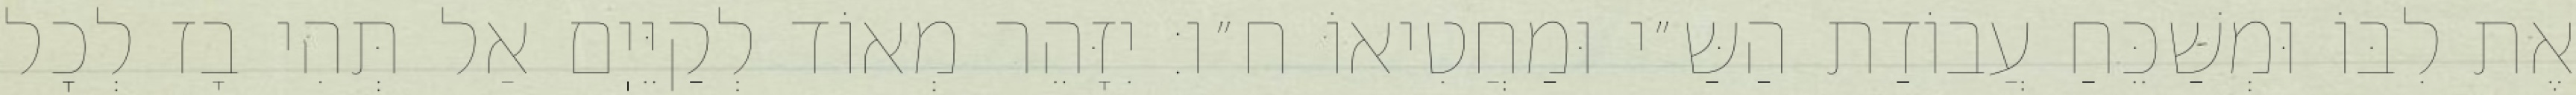
אֶת לִבּוֹ וּמְשַׁכֵּחַ עֲבוֹדַת הַשַּ״י וּמַחֲטִיאוֹ ח״ו: יִזָּהֵר מְאוֹד לְקַיֵּיֽם אַל תְּהִי בָז לְכׇל